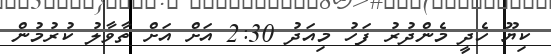
ކިޔޫ ހެދީ މެންދުރު ފަހު މިއަދު 2:30 އަށް އަށް ތާވާލު ކުރުމުން